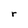
Character: r